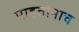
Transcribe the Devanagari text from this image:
पाहतानाच